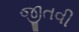
જીતવી